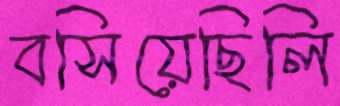
বসিয়েছিলি